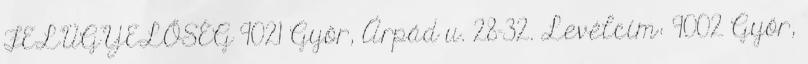
FELÜGYELŐSÉG 9021 Győr, Árpád u. 28-32. Levélcím: 9002 Győr,